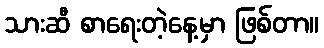
သားဆီ စာရေးတဲ့နေ့မှာ ဖြစ်တာ။